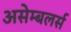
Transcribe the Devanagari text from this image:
असेम्बलर्स